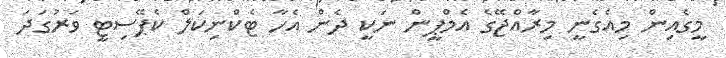
މީގެއިން މިއެގެނީ މިރާއްޖޭގެ އެމްޕީން ނަކީ ދެން އެހާ ޓެކްނިކަލް ކެޕޭސިޓީ ވަރުގަދަ